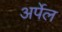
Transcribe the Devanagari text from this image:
अर्पेल